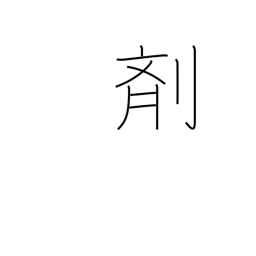
Meaning: medicine